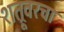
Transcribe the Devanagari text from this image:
शत्रूवरचा